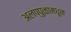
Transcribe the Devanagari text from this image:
अलप्पुळामधून